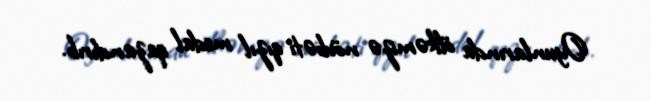
Oyunlarında ölkəmizə növbəti qızıl medal qazandırıb.